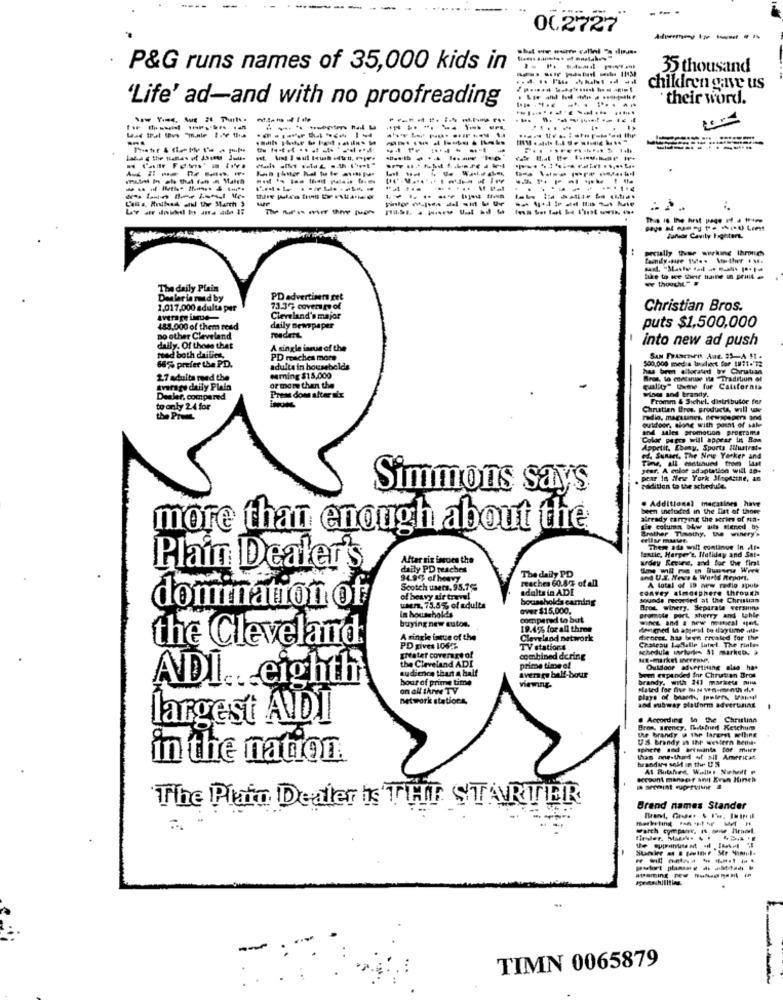
00.2727
P&G runs names of 35,000 kids in
-------
----
35 thousand
children save us
'Life' ad-and with no proofreading
their word.
-----------
----------
------
-----
-------
Junior Cavity Fighters.
family-que 194. theer . ...
-------- ---
The daily Plein
Dealer in mund by
PD advertisers get
1.017,000 adults par
73.37 coverage of
Christian Bros.
average inme-
Cleveland's major
488,000 of them read
daily newspaper
puts $1,500,000
no other Cleveland
into new ad push
daily. Of those that
A single isrun of the
read both dailies,
PD reaches more
$00,000 media boxclient for 111. 72
SAN FRASCHED, And. 35-A $1 .
66%% prefer the PD.
adults in households
27 adulta med the
eaming $15,000
Bros. to continue its "Tradition of
average daily Plain
or more than the
quality" theme fur California
Dealer, compared
Press down after six
wine and brandy.
Fromm & Sichel. distributor for
to only 24 for
Chnstien Bres, products, will wow
the Print
outdoor, along with point of sale
and sales promotion programs
Color peers will appear ins Bam
Appetit. Ebony, Sports Ilustrate
ed, Sunset, The New Yorker and
Time, all continued troes Laet
year. A color adaptation will ap-
pear In ilese York Sfingecine, an
Simmons says
addition to the schedule.
. Additional macatines have
been included in the list of thore
already carrying the series of ma-
more than enough about the
Brother Timothy, the winery's
Lie colum bbw abs siened by
Bestie, Harper's, Iletiday and Sat-
Then ada will continue In te
After six issues the
udey Retune, and for the first
Plain Dealer's
daily PD peaches
94.90% of heavy
The daily PD
reaches 60.8 % of all
A total of 19 new radio spute
Scotch users. 95.7%
adults in ADI
convey atmosphere through
of heavy air trewl
households carning
sounds recorded at the Christian
domination of
when, 75.5% of adults
over $15,000.
Brot, winery. Separate versinna
buying new autos.
in households
compared to but
promole port, sherry and tahle
wines and a new mestseal sport.
19.4% for all three
the Cleveland
A single issue of the
Cleveland network
debret. has been created for the
Chateau Ledelle lutet The railes
PD gives 1062.
TV stations
schedule wiu- 31 marken. .
gitatet coverage of
the Cleveland ADI
combined dering
audience thurt a half
prime time of
sdoor advertising also has
ADI ... eighth
bour of prime time
Average ball-bour
bom expanded for Chrutian Brot
brandy, with 241 markets mim
on all three TV
stated for five WIN wn-month d.f
network stations,
plays of bnaerth, peter, tana!
and subway platform advertinas
largest AIDI
. According to the Christian
the brandy @ the largest selling
Bron, arency. Ihiained Ketchum
US brandy in the western Bellia-
Iphete sod bertmante for mier
in the nation.
thas one-thed of sil Americat
account manager and Eran Hinch
The Plain Dealer ks THE STARTER
Brand names Stander
-------.
TIMN 0065879